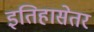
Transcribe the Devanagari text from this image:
इतिहासेतर